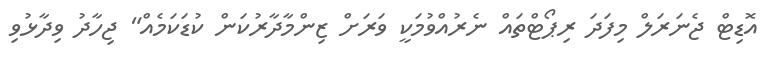
އޮޑިޓް ޖެނަރަލް މިފަދަ ރިޕޯޓްތައް ނެރުއްވުމަކީ ވަރަށް ޒިންމާދާރުކަން ކުޑަކަމެއް" ޖިހާދު ވިދާޅުވި